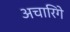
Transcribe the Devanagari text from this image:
अचारिगे